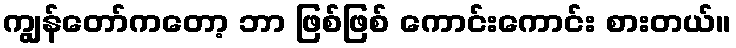
ကျွန်တော်ကတော့ ဘာ ဖြစ်ဖြစ် ကောင်းကောင်း စားတယ်။